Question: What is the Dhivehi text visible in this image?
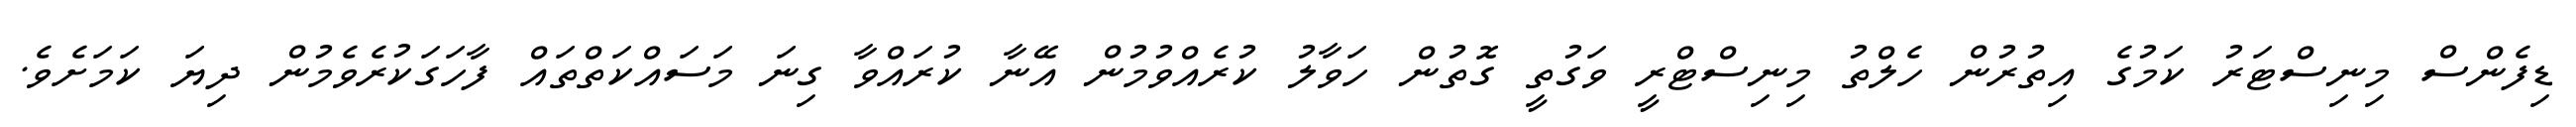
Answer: ޑިފެންސް މިނިސްޓަރު ކަމުގެ އިތުރުން ހެލްތު މިނިސްޓްރީ ވަގުތީ ގޮތުން ހަވާލު ކުރެއްވުމުން އޭނާ ކުރައްވާ ގިނަ މަސައްކަތްތައް ފާހަގަކުރެވެމުން ދިޔަ ކަމަށެވެ.